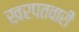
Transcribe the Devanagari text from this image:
खरपतवारी